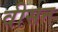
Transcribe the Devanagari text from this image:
वीसन